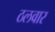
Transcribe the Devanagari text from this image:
ठलवार